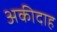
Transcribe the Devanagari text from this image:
अकीदाह